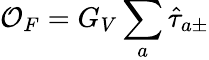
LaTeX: {\mathcal{O}}_{F}=G_{V}\sum_{a}{\hat{\tau}}_{a\pm}